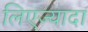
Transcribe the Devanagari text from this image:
लिएज्यादा